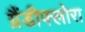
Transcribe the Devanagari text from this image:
ग्रैंडीफ्लोरा